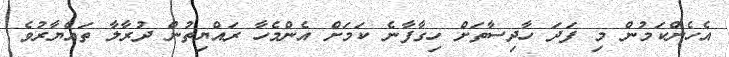
އެހެންކަމުން މި ފަދަ ހާދިސާތަށް ހިގާފާނެ ކަމަށް އެންމެހާ ރައްޔިތުން ދުރާލާ ތައްޔާރުވެ